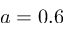
a = 0 . 6